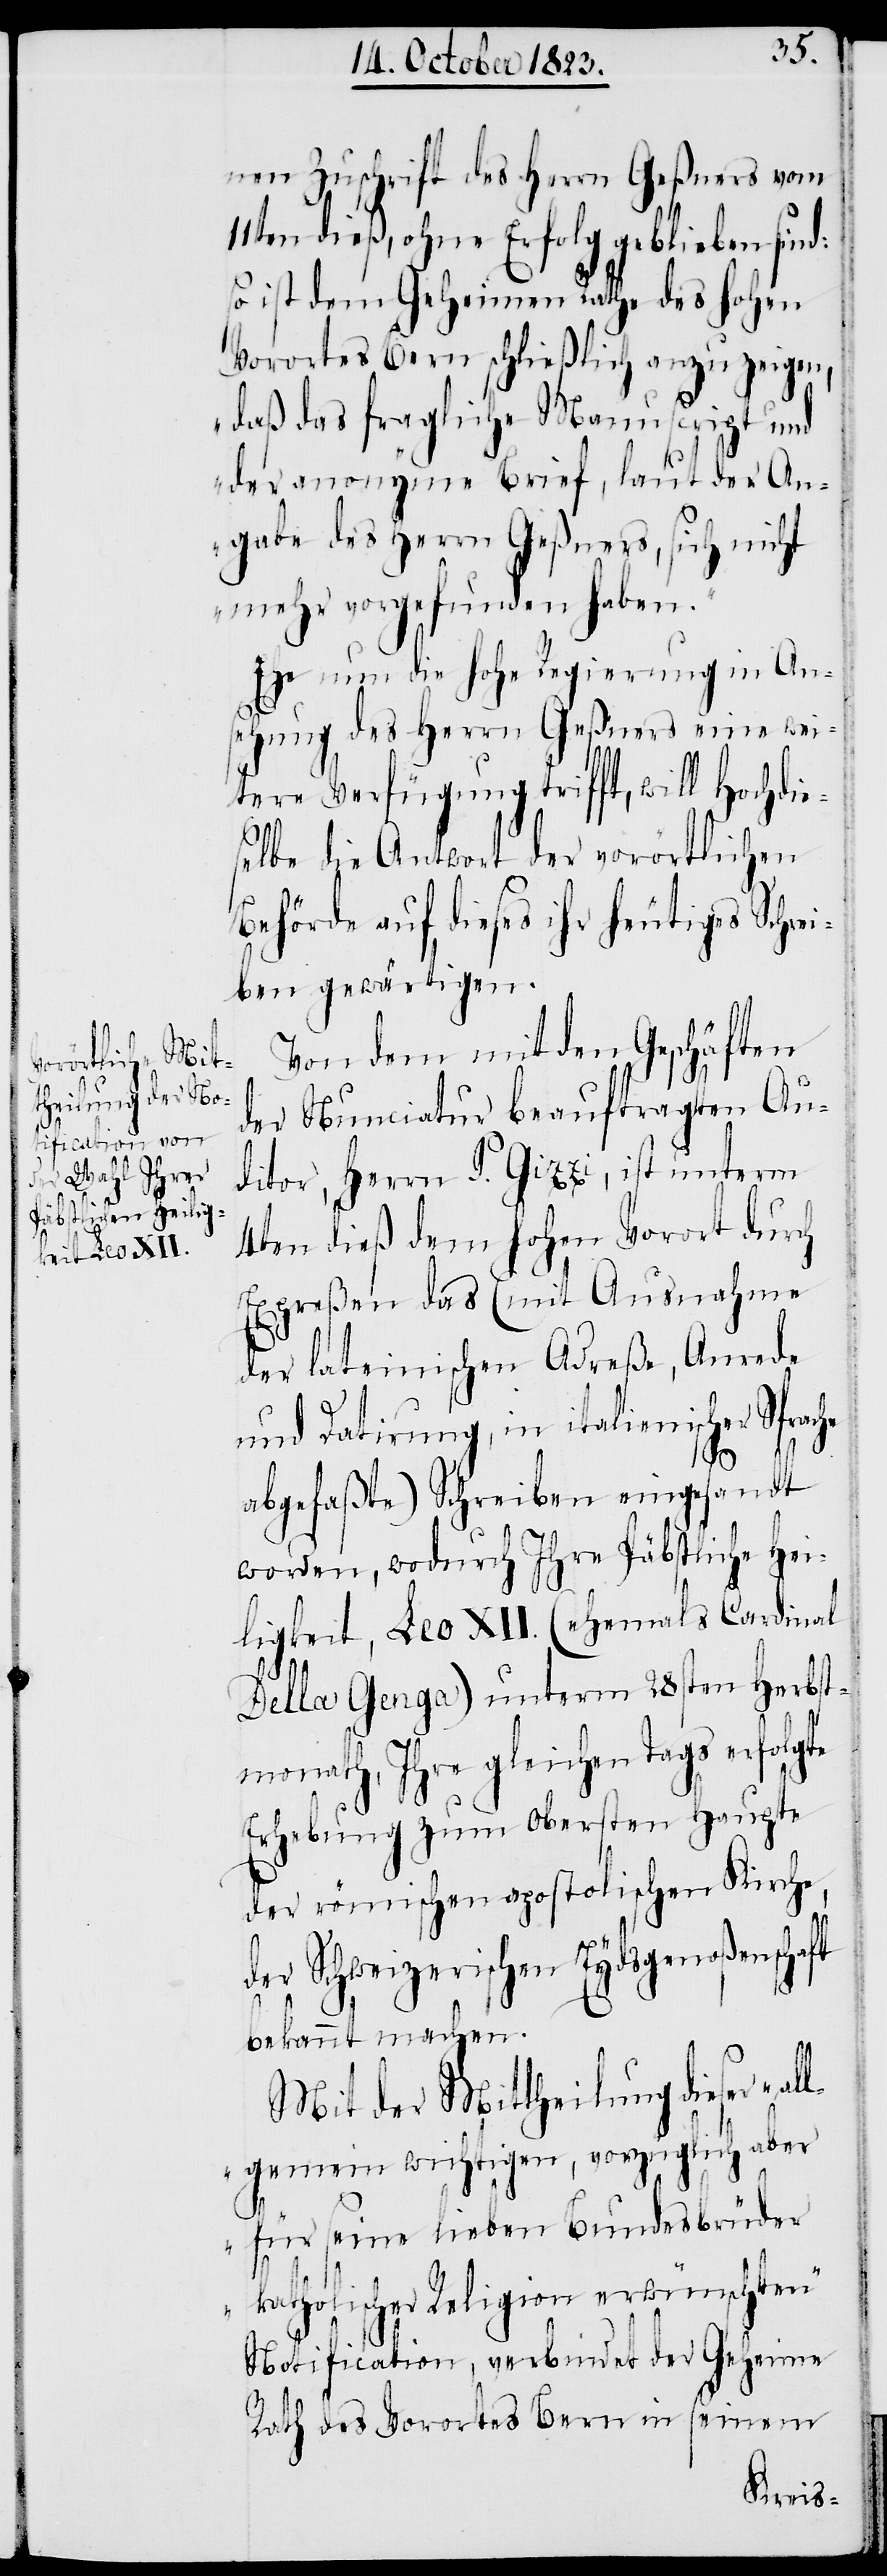
11t¬

nen Zuschrift des Herrn Geßners vom
en dieß, ohne Erfolg geblieben sind:
so ist dem Geheimen Rathe des hohen
Vorortes Bern schließlich anzuzeigen,
„daß das fragliche Manuscript und
der anonyme Brief, laut der An¬
gabe des Herrn Geßners, sich nicht
mehr vorgefunden haben.“
Ehe nun die hohe Regierung in An¬
sehung des Herrn Geßners eine wei¬
tere Verfügung trifft, will Hochdie¬
selbe die Antwort der vorörtlichen
Behörde auf dieses ihr heutiges Schrei¬
ben gewärtigen.
Von dem mit den Geschäften
der Nunciatur beauftragten Au¬
ditor, Herrn P. Gizzi, ist unterm
4ten dieß dem hohen Vorort durch
Expreßen das (mit Ausnahme
der lateinischen Adreße, Anrede
und Datirung, in italienischer Sprac¬
he
abgefaßte) Schreiben eingesandt
worden, wodurch Ihre Päbstliche Hei¬
ligkeit, Leo XII. (ehemals Cardinal
Della Genga) unterm 28sten Herbst¬
monath, Ihre gleichen Tags erfolgte
Erhebung zum obersten Haupte
der römischen apostolischen Kirche,
der Schweizerischen Eydsgenoßenschaft
bekannt machen.
Mit der Mittheilung dieser „al¬
lgemein wichtigen, vorzüglich aber
für seine lieben Bundesbrüder
katholischer Religion erwünschten“
Notification, verbindet der Geheime
Rath des Vorortes Bern in seinem